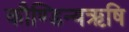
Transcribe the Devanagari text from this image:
कौण्डिन्यऋषि